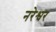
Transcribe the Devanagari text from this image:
नरेश्वर